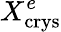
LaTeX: X_{\mathrm{crys}}^{e}